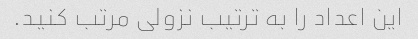
این اعداد را به ترتیب نزولی مرتب کنید.